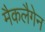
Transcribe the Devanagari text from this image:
मैकलैगेन